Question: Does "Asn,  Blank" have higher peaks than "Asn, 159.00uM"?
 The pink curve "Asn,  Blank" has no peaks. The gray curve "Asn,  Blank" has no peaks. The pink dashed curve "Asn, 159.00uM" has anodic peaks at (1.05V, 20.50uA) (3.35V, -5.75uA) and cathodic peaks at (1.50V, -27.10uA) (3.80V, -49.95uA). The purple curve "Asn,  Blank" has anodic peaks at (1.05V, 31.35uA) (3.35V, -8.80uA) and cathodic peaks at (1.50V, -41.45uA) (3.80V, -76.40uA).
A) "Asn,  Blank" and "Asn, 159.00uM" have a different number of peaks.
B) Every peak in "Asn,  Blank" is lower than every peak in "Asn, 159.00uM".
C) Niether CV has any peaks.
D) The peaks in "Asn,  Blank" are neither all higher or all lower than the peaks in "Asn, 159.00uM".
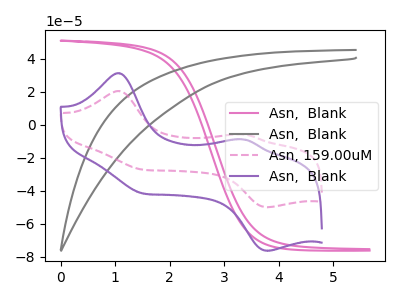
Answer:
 <answer>D) The peaks in "Asn,  Blank" are neither all higher or all lower than the peaks in "Asn, 159.00uM".</answer>
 <eval>D</eval>